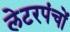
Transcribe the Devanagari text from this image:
लेटरपंचों